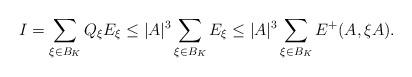
LaTeX: \begin{align*} I =\sum_{\xi\in B_K}Q_\xi E_\xi \leq |A|^3 \sum_{\xi\in B_K}E_\xi \leq |A|^3\sum_{\xi\in B_K}E^+(A,\xi A).\end{align*}